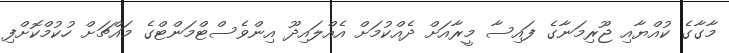
މާގާގެ ކުއްޔާއި ޖޫރިމަނާގެ ފައިސާ މީރާއަށް ދެއްކުމަށް އެއްލައިދޫ އިންވެސްޓްމަންޓްގެ މައްޗަށް ހުކުމްކޮށްފި